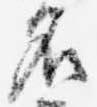
名